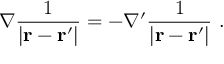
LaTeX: \nabla { \frac { 1 } { \left| \mathbf { r } - \mathbf { r } ^ { \prime } \right| } } = - \nabla ^ { \prime } { \frac { 1 } { \left| \mathbf { r } - \mathbf { r } ^ { \prime } \right| } } \ .